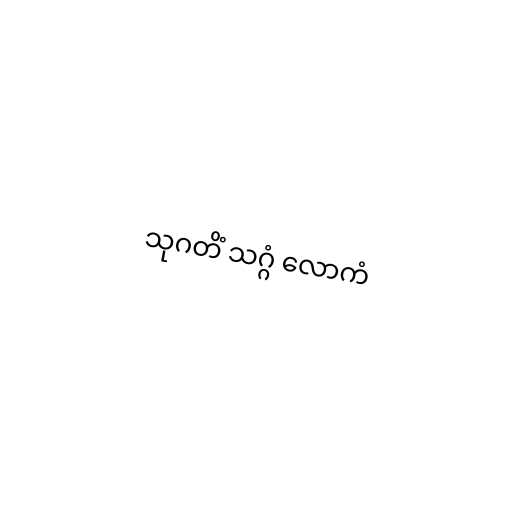
သုဂတိံ သဂ္ဂံ လောကံ